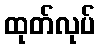
ထုတ်လုပ်